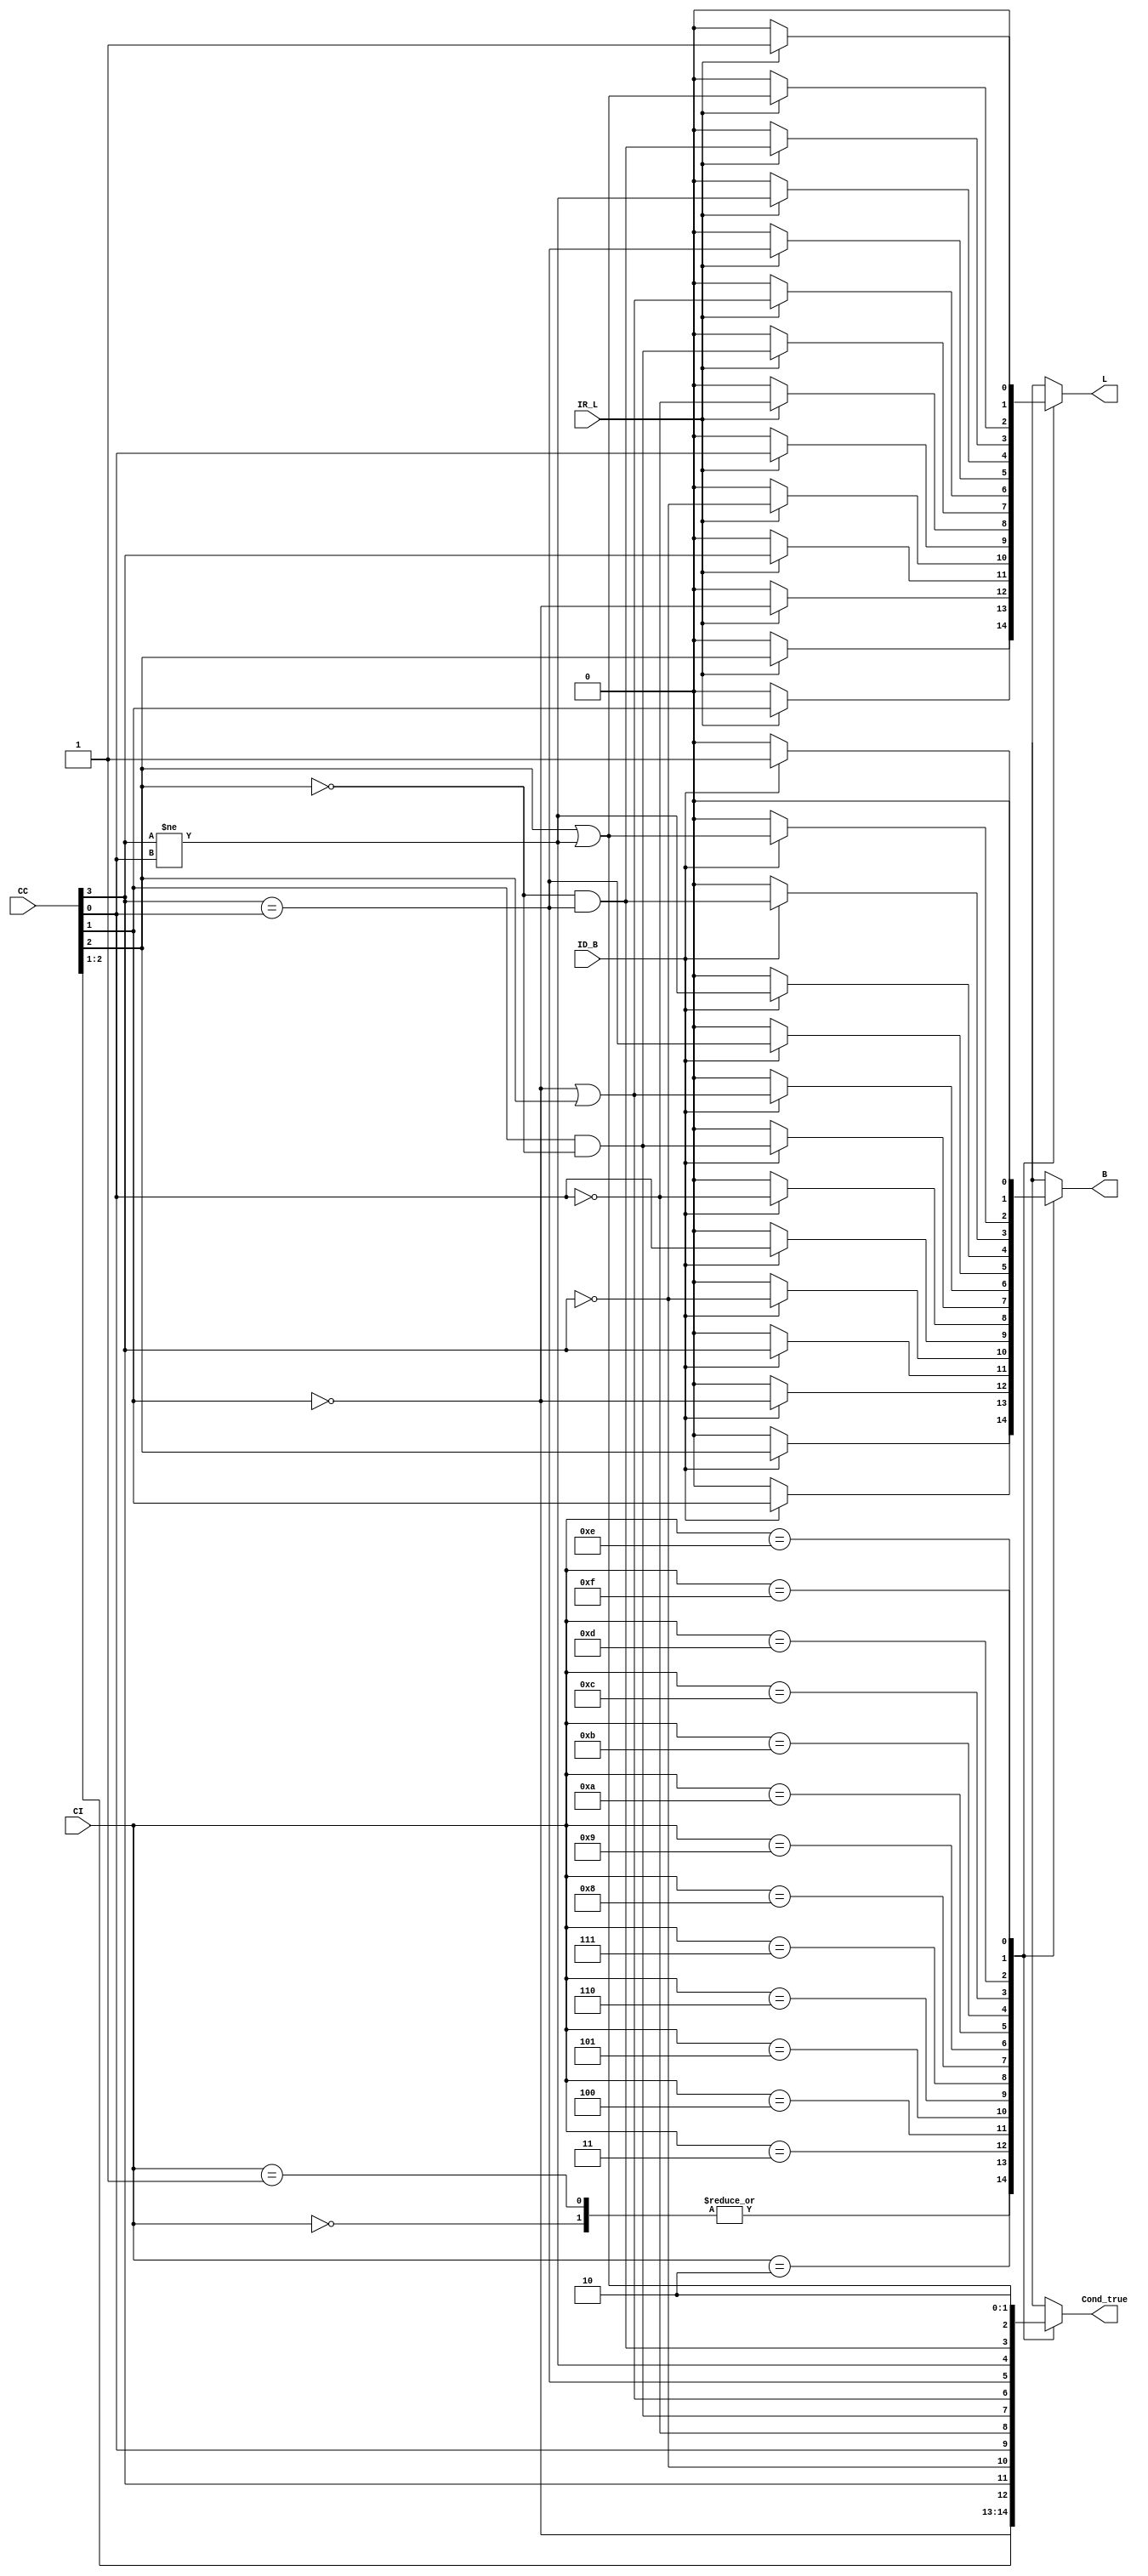
module condition_handler(output reg Cond_true, B, L, input[3:0] CC, CI, input ID_B, IR_L);
	always @ (ID_B,IR_L,CC,CI)
		begin
		case(CI)
			4'b0000:
				begin
					Cond_true<=CC[2];//Z
					if(ID_B)B<=CC[2];
					else B<=0;
					if(IR_L)L<=CC[2];
					else L<=0;
				end
			4'b0001:
				begin
					Cond_true<=CC[2];//Z
					if(ID_B)B<=CC[2];
					else B<=0;
					if(IR_L)L<=CC[2];
					else L<=0;
				end
			4'b0010:
				begin
					Cond_true<=CC[1];//C
					if(ID_B)B<=CC[1];
					else B<=0;
					if(IR_L)L<=CC[1];
					else L<=0;
				end
			4'b0011:
				begin
					Cond_true<=!CC[1];//~C
					if(ID_B)B<=!CC[1];
					else B<=0;
					if(IR_L)L<=!CC[1];
					else L<=0;
				end
			4'b0100:
				begin
					Cond_true<=CC[3];//N
					if(ID_B)B<=CC[3];
					else B<=0;
					if(IR_L)L<=CC[3];
					else L<=0;
				end
			4'b0101:
				begin
					Cond_true<=!CC[3];//~N
					if(ID_B)B<=!CC[3];
					else B<=0;
					if(IR_L)L<=!CC[3];
					else L<=0;
				end
			4'b0110:
				begin
					Cond_true<=CC[0];//V
					if(ID_B)B<=CC[0];
					else B<=0;
					if(IR_L)L<=CC[0];
					else L<=0;
				end
			4'b0111:
				begin
					Cond_true<=!CC[0];//~V
					if(ID_B)B<=!CC[0];
					else B<=0;
					if(IR_L)L<=!CC[0];
					else L<=0;
				end
			4'b1000:
				begin
					Cond_true<=CC[1]&&(!CC[2]);//C&&~Z
					if(ID_B)B<=CC[1]&&(!CC[2]);
					else B<=0;
					if(IR_L)L<=CC[1]&&(!CC[2]);
					else L<=0;
				end
			4'b1001:
				begin
					Cond_true<=(!CC[1])||CC[2];//~C||Z
					if(ID_B)B<=(!CC[1])||CC[2];
					else B<=0;
					if(IR_L)L<=(!CC[1])||CC[2];
					else L<=0;
				end
			4'b1010:
				begin
					Cond_true<=CC[3]==CC[0];//N=V
					if(ID_B)B<=CC[3]==CC[0];
					else B<=0;
					if(IR_L)L<=CC[3]==CC[0];
					else L<=0;
				end
			4'b1011:
				begin
					Cond_true<=CC[3]!=CC[0];//N~=V
					if(ID_B)B<=CC[3]!=CC[0];
					else B<=0;
					if(IR_L)L<=CC[3]!=CC[0];
					else L<=0;
				end
			4'b1100:
				begin
					Cond_true<=(!CC[2])&&(CC[3]==CC[0]);//(~Z)&&N=V
					if(ID_B)B<=(!CC[2])&&(CC[3]==CC[0]);
					else B<=0;
					if(IR_L)L<=(!CC[2])&&(CC[3]==CC[0]);
					else L<=0;
				end
			4'b1101:
				begin
					Cond_true<=(CC[2])||(CC[3]!=CC[0]);//(Z)||N!=V
					if(ID_B)B<=(CC[2])||(CC[3]!=CC[0]);
					else B<=0;
					if(IR_L)L<=(CC[2])||(CC[3]!=CC[0]);
					else L<=0;
				end
			4'b1110:
				begin
					Cond_true<=1;
					if(ID_B)B<=1;
					else B<=0;
					if(IR_L)L<=1;
					else L<=0;
				end
			4'b1111:
				begin
					Cond_true<=0;
					B<=0;
					L<=0;
				end
		endcase
		end
endmodule